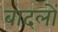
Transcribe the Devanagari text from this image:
बादलाें